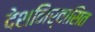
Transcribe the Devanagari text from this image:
देशनिर्वासित